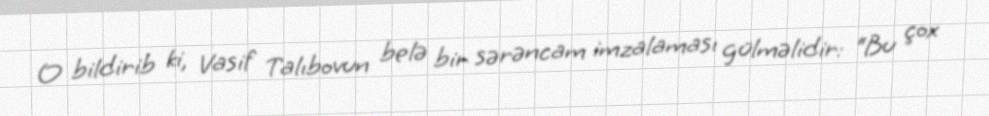
O bildirib ki, Vasif Talıbovun belə bir sərəncam imzalaması gülməlidir: “Bu çox